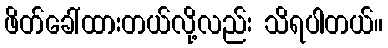
ဖိတ်ခေါ်ထားတယ်လို့လည်း သိရပါတယ်။